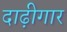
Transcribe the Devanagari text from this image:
दाढ़ीगार